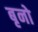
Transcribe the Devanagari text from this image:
बृनो